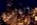
التالون